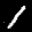
Digit: 1